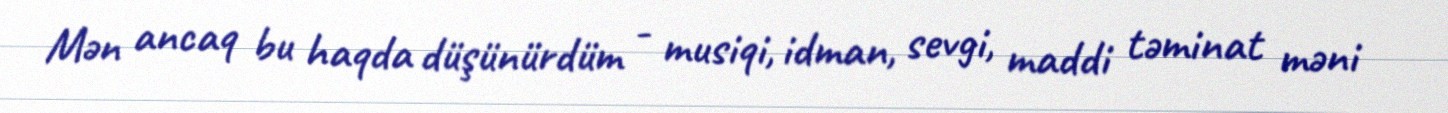
Mən ancaq bu haqda düşünürdüm - musiqi, idman, sevgi, maddi təminat məni